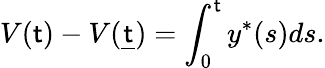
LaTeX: V(\mathsf{t})-V({\underline{{{\mathsf{t}}}}})=\int_{0}^{\mathsf{t}}y^{\ast}(s)ds.